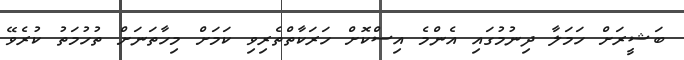
ބަޝީރަށް ހަމަލާ ދިނުމުގައި އެންމެ އިސްކޮށް ހަރަކާތްތެރިވި ކަމަށް މިހާތަނަށް ތުހުމަތު ކުރެވޭ